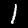
Label: 1